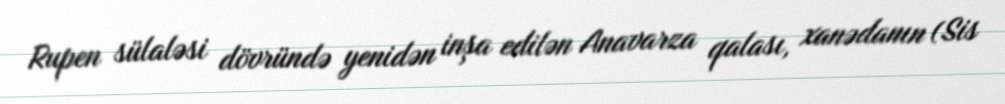
Rupen sülaləsi dövründə yenidən inşa edilən Anavarza qalası, xanədanın (Sis